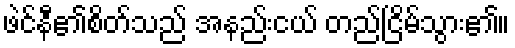
ဖဲင်နီ၏စိတ်သည် အနည်းငယ် တည်ငြိမ်သွား၏။